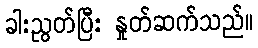
ခါးညွတ်ပြီး နှုတ်ဆက်သည်။